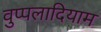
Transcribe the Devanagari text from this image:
वुप्पलादियाम